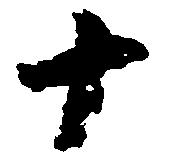
十